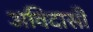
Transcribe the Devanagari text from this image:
अविदासी